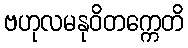
ဗဟုလမနုဝိတက္ကေတိ